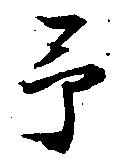
予